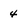
Character: 4